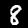
Digit: 8